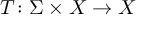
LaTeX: T \colon \Sigma \times X \to X